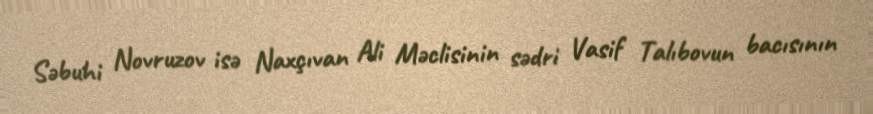
Səbuhi Novruzov isə Naxçıvan Ali Məclisinin sədri Vasif Talıbovun bacısının